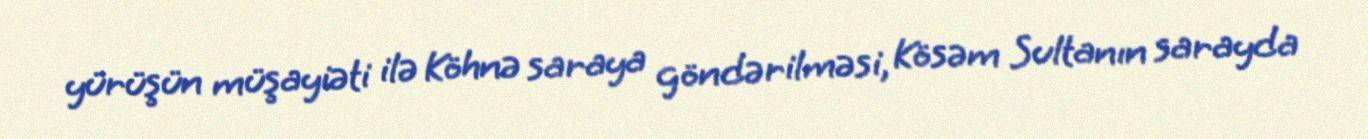
yürüşün müşayiəti ilə Köhnə saraya göndərilməsi, Kösəm Sultanın sarayda